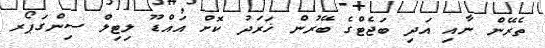
ތެރޭން ނާއި އަދި ބަޖެޓްގެ ބޭރުން ޚަަރަދު ކޮށް އައްޑޫ ލިޓިލް ސިންގަޕޯރ